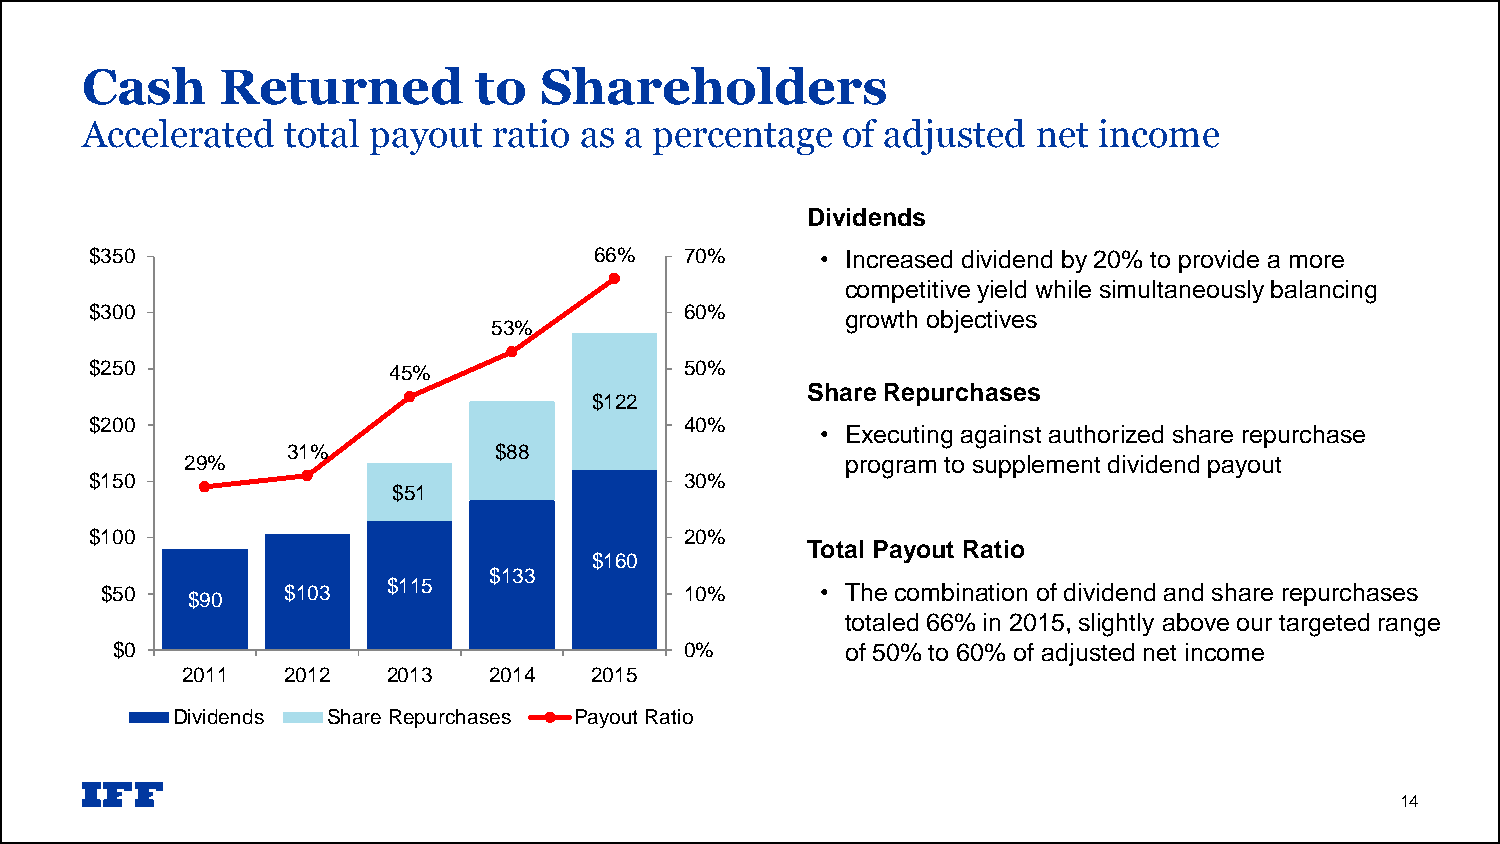
Cash      Returned         to  Shareholders
 Accelerated   total payout  ratio as a percentage  of adjusted  net income
 Dividends
 $350                             66%   70%      • Increased dividend by 20% to provide a more
 competitive yield while simultaneously balancing
 $300                                   60%        growth objectives
 53%
 $250                45%                50%
 Share Repurchases
 $122
 $200                                   40%
 • Executing against authorized share repurchase
 31%           $88
 29%                                         program to supplement dividend payout
 $150                                   30%
 $51
 $100                                   20%
 Total Payout Ratio
 $160
 $133
 $50         $103   $115               10%      • The combination of dividend and share repurchases
 $90
 totaled 66% in 2015, slightly above our targeted range
 $0                                    0%         of 50% to 60% of adjusted net income
 2011   2012   2013  2014   2015
 Dividends  Share Repurchases Payout Ratio
 14